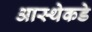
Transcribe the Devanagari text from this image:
आस्थेकडे